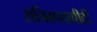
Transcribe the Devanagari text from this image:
सचिवपदाचीही